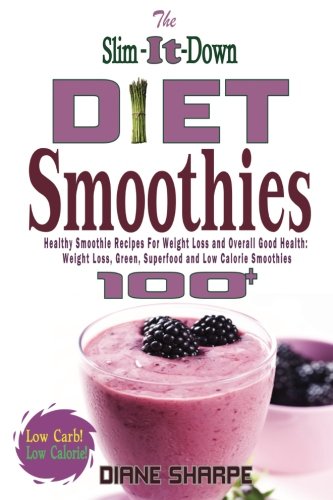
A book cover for The Slim-It-Down Diet Smoothies: Over 100 Healthy Smoothie Recipes For Weight Loss and Overall Good Health - Weight Loss, Green, Superfood and Low Calorie Smoothies; Diane Sharpe; Cookbooks, Food & Wine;